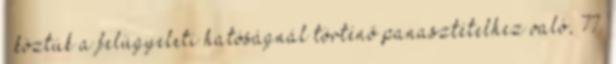
– köztük a felügyeleti hatóságnál történő panasztételhez való, 77.